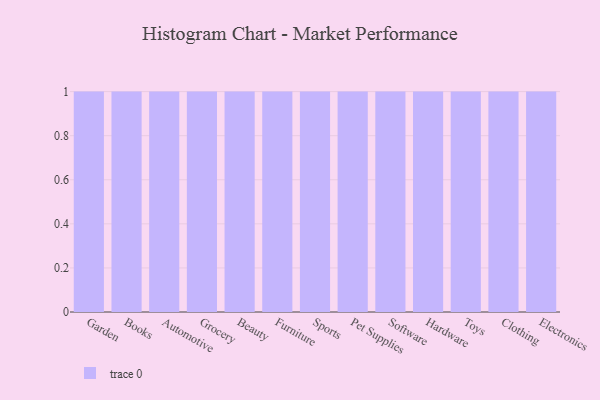
{"axis": {"x": "Category", "y": "Backlog"}, "legend": [""], "data": [{"x": "Garden", "y": 3, "type": ""}, {"x": "Books", "y": 65, "type": ""}, {"x": "Automotive", "y": 85, "type": ""}, {"x": "Grocery", "y": 76, "type": ""}, {"x": "Beauty", "y": 29, "type": ""}, {"x": "Furniture", "y": 5, "type": ""}, {"x": "Sports", "y": 22, "type": ""}, {"x": "Pet Supplies", "y": 37, "type": ""}, {"x": "Software", "y": 39, "type": ""}, {"x": "Hardware", "y": 19, "type": ""}, {"x": "Toys", "y": 96, "type": ""}, {"x": "Clothing", "y": 94, "type": ""}, {"x": "Electronics", "y": 86, "type": ""}]}